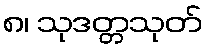
၈၊ သုဒတ္တသုတ်